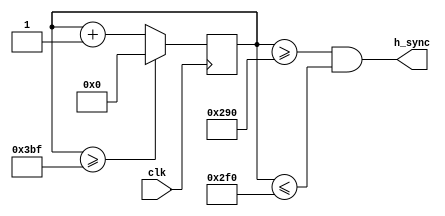
module h_sync_generator(
    input wire clk,
    output wire h_sync
);

reg [9:0] h_count;

always @(posedge clk) begin
    if(h_count >= 959)
        h_count <= 0;
    else
        h_count <= h_count + 1;
end

assign h_sync = (h_count >= 656) && (h_count <= 752);

endmodule